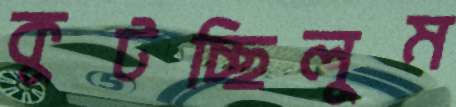
কুটচ্ছিলুম